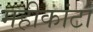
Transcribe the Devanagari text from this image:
महीकांटा